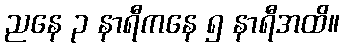
ညနေ ၃ နာရီကနေ ၅ နာရီအထိ။